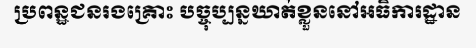
ប្រពន្ឋជនរងគ្រោះ បច្ចុប្បន្នឃាត់ខ្លួននៅអធិការដ្ឋាន